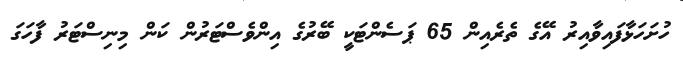
ހުށަހަޅާފައިވާއިރު އޭގެ ތެރެއިން 65 ޕަސެންޓަކީ ބޭރުގެ އިންވެސްޓަރުން ކަން މިނިސްޓަރު ފާހަގަ